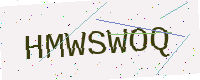
Text: HMWSWOQ